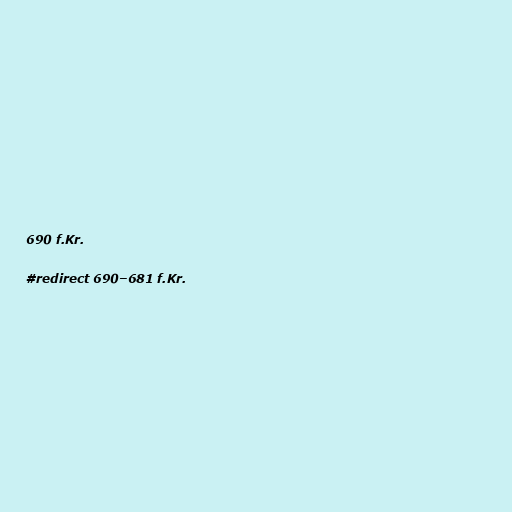
690 f.Kr.

#redirect 690–681 f.Kr.